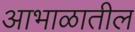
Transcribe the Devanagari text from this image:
आभाळातील